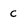
Character: c